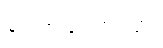
ဂေါဏပေတဝတ္ထု